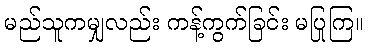
မည်သူကမျှလည်း ကန့်ကွက်ခြင်း မပြုကြ။